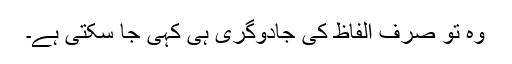
وہ تو صرف الفاظ کی جادوگری ہی کہی جا سکتی ہے۔